Scottish Leaving Certificate Examination, 1956
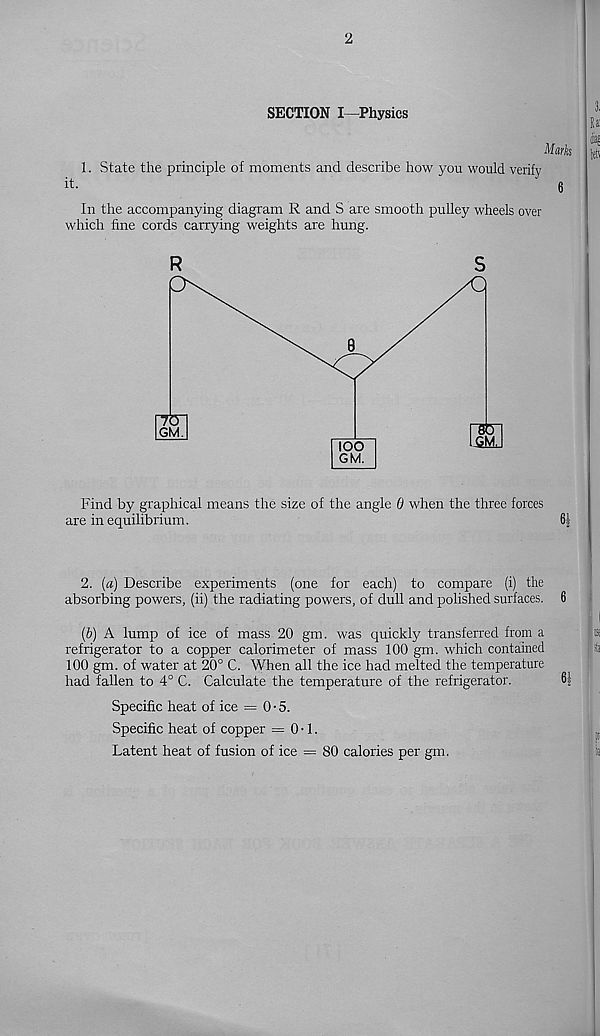
2
SECTION I—Physics
1. State the principle of moments and describe how you would verify
it.
' 6
In the accompanying diagram R and S are smooth pulley wheels over
which fine cords carrying weights are hung.
R
S
Find by graphical means the size of the angle 0 when the three forces
are in equilibrium.
2. (a) Describe experiments (one for each) to compare (i) the
absorbing powers, (ii) the radiating powers, of dull and polished surfaces. 6
(6) A lump of ice of mass 20 gm. was quickly transferred from a
refrigerator to a copper calorimeter of mass 100 gm. which contained
100 gm. of water at 20° C. When all the ice had melted the temperature
had fallen to 4° C. Calculate the temperature of the refrigerator.
61
Specific heat of ice = 0-5.
Specific heat of copper = 0 ■ 1.
Latent heat of fusion of ice = 80 calories per gm.